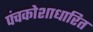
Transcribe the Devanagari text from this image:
पंचकोशाधारित